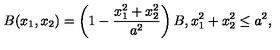
B ( x _ { 1 } , x _ { 2 } ) = \left( 1 - \frac { x _ { 1 } ^ { 2 } + x _ { 2 } ^ { 2 } } { a ^ { 2 } } \right) B , x _ { 1 } ^ { 2 } + x _ { 2 } ^ { 2 } \le a ^ { 2 } ,